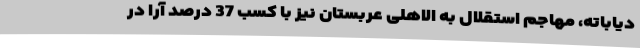
دیاباته، مهاجم استقلال به الاهلی عربستان نیز با کسب 37 درصد آرا در